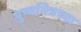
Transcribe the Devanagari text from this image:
पुष्यमित्रच्या